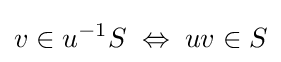
v\in u^{-1}S\;\Leftrightarrow \;uv\in S